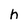
Character: h